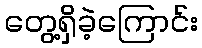
တွေ့ရှိခဲ့ကြောင်း